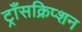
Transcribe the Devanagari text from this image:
ट्राँसक्रिप्शन